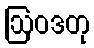
ဩဝဒတု